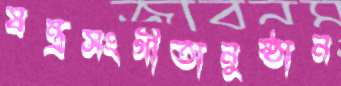
যন্ত্রসংগীতানুষ্ঠান